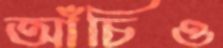
আঁচিও